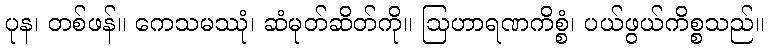
ပုန၊ တစ်ဖန်။ ကေသမဿုံ၊ ဆံမုတ်ဆိတ်ကို။ ဩဟာရဏကိစ္စံ၊ ပယ်ဖွယ်ကိစ္စသည်။